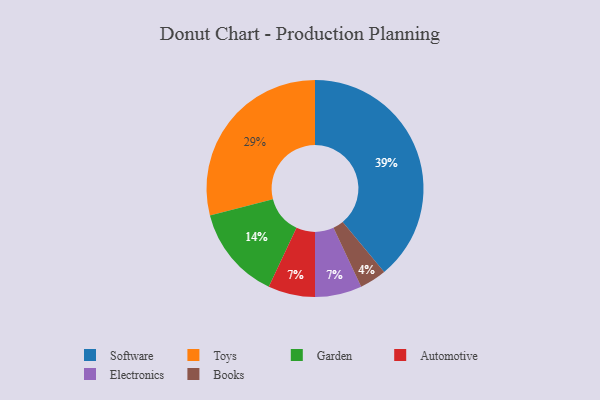
{"axis": {"x": "Category", "y": "Percentage"}, "legend": ["Automotive", "Books", "Electronics", "Garden", "Software", "Toys"], "data": [{"x": "Garden", "y": 14, "type": "Garden"}, {"x": "Toys", "y": 29, "type": "Toys"}, {"x": "Books", "y": 4, "type": "Books"}, {"x": "Software", "y": 39, "type": "Software"}, {"x": "Automotive", "y": 7, "type": "Automotive"}, {"x": "Electronics", "y": 7, "type": "Electronics"}]}